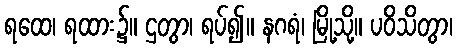
ရထေ၊ ရထား၌။ ဌတွာ၊ ရပ်၍။ နဂရံ၊ မြို့သို့။ ပဝိသိတွာ၊